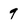
Character: 9